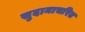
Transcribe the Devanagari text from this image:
सुदामाचरित